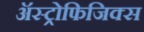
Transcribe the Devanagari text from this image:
ॲस्ट्रोफिजिक्स